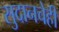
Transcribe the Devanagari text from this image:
सुदानचेही